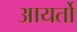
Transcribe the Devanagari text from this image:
आयर्तो